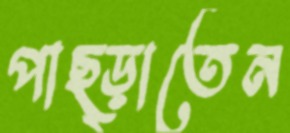
পাছ্‌ড়াতেন